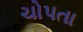
ચોપતા